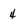
Character: 4